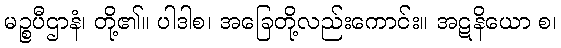
မဉ္စပီဌာနံ၊ တို့၏။ ပါဒါစ၊ အခြေတို့လည်းကောင်း။ အဋနိယော စ၊